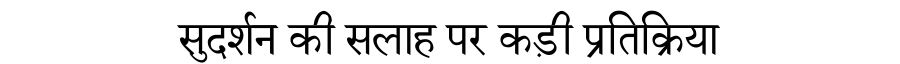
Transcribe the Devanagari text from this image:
सुदर्शन की सलाह पर कड़ी प्रतिक्रिया